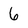
Character: 6